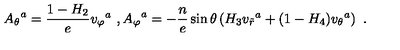
{ A _ { \theta } } ^ { a } = \frac { 1 - H _ { 2 } } { e } { v _ { \varphi } } ^ { a } \ , { A _ { \varphi } } ^ { a } = - \frac { n } { e } \sin \theta \left( H _ { 3 } { v _ { \tilde { r } } } ^ { a } + ( 1 - H _ { 4 } ) { v _ { \theta } } ^ { a } \right) \ .